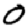
Digit: 0